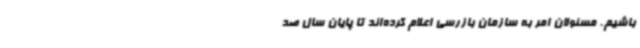
باشیم. مسئولان امر به سازمان بازرسی اعلام کرده‌اند تا پایان سال صد